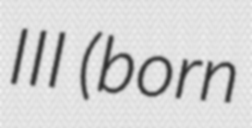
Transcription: III (born